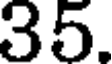
35.